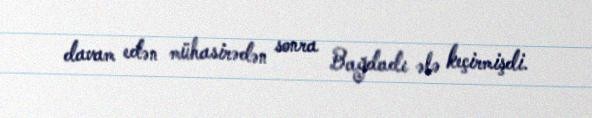
davam edən mühasirədən sonra Bağdadı ələ keçirmişdi.